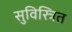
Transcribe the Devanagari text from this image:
सुविस्त्रित